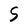
Character: S